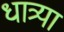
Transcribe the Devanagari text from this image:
धात्र्या